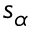
s _ { \alpha }